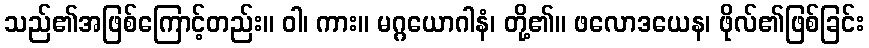
သည်၏အဖြစ်ကြောင့်တည်း။ ဝါ၊ ကား။ မဂ္ဂယောဂါနံ၊ တို့၏။ ဖလောဒယေန၊ ဖိုလ်၏ဖြစ်ခြင်း